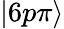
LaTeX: |6p\pi\rangle